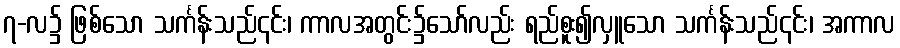
၇-လ၌ ဖြစ်သော သင်္ကန်းသည်၎င်း၊ ကာလအတွင်း၌သော်လည်း ရည်စူး၍လှူသော သင်္ကန်းသည်၎င်း၊ အကာလ